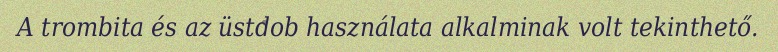
A trombita és az üstdob használata alkalminak volt tekinthető.